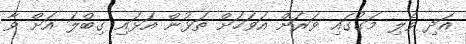
އަދި ވެލި މަގުގައި ވަރަށް އަވަހަށް ތަޅުން އަޅައި ގިބްލަ އަށް ވާ